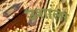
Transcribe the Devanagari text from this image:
उशाला